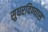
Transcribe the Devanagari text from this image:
सुधरविण्यास